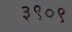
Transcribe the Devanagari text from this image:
३९०९